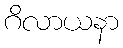
ဂိလာယနာ